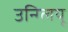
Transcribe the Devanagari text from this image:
उन्ग्लियू